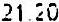
21.20